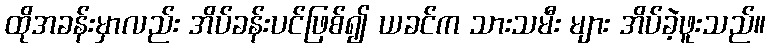
ထိုအခန်းမှာလည်း အိပ်ခန်းပင်ဖြစ်၍ ယခင်က သားသမီး များ အိပ်ခဲ့ဖူးသည်။